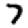
Digit: 7